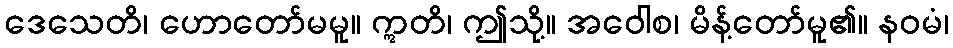
ဒေသေတိ၊ ဟောတော်မမူ။ ဣတိ၊ ဤသို့။ အဝေါစ၊ မိန့်တော်မူ၏။ နဝမံ၊